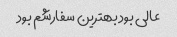
عالی بود بهترین سفارشم بود